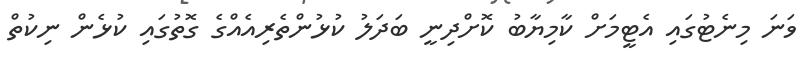
ވަނަ މިނެޓުގައި އެޓީމަށް ކާމިޔާބު ކޮށްދިނީ ބަދަލު ކުޅުންތެރިއެއްގެ ގޮތުގައި ކުޅެން ނިކުތް